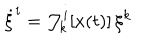
\dot { \xi } ^ { i } = { \cal J } _ { k } ^ { i } [ x ( t ) ] \, \xi ^ { k }